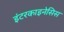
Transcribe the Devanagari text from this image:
इंटरकाइनेसिस